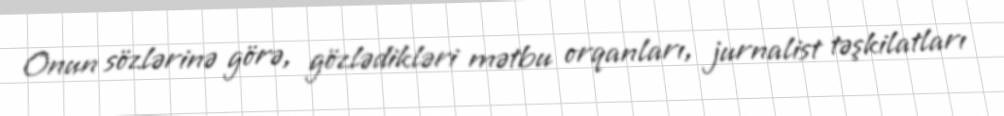
Onun sözlərinə görə, gözlədikləri mətbu orqanları, jurnalist təşkilatları